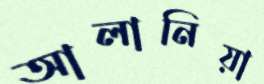
আলানিয়া